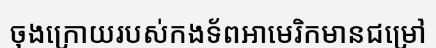
ចុងក្រោយរបស់កងទ័ពអាមេរិកមានជម្រៅ